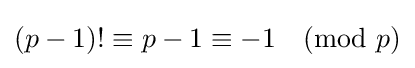
(p-1)!\equiv p-1\equiv -1{\pmod {p}}